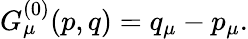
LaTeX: G_{\mu}^{(0)}(p,q)=q_{\mu}-p_{\mu}.